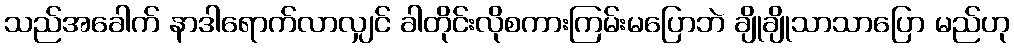
သည်အခေါက် နာဒါရောက်လာလျှင် ခါတိုင်းလိုစကားကြမ်းမပြောဘဲ ချိုချိုသာသာပြော မည်ဟု